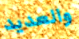
والعديد